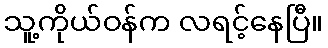
သူ့ကိုယ်ဝန်က လရင့်နေပြီ။